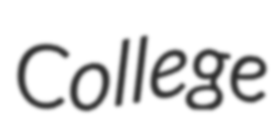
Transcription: College